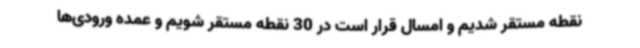
نقطه مستقر شدیم و امسال قرار است در 30 نقطه مستقر شویم و عمده ورودی‌ها